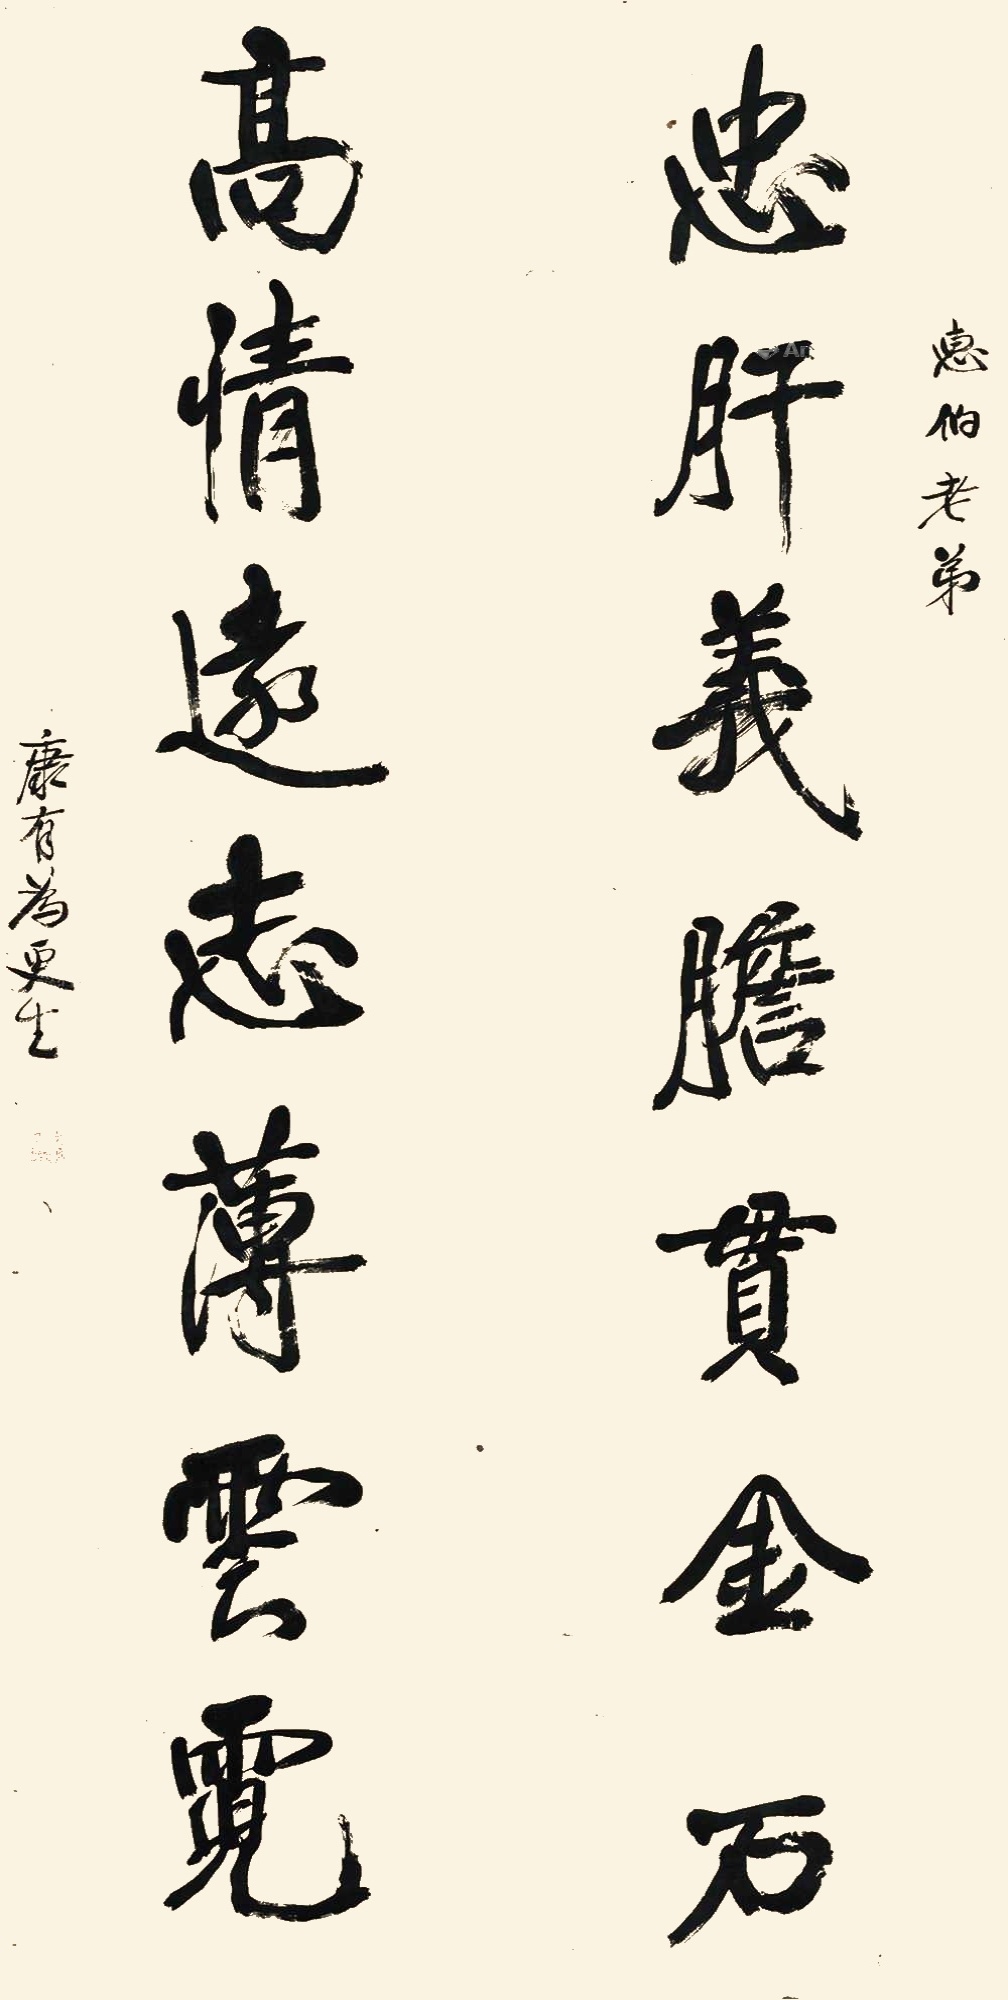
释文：忠肝义胆贯金石，高情远志薄云霓。惠伯老弟，康有为更生。